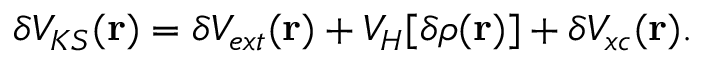
\delta V _ { K S } ( \mathbf { r } ) = \delta V _ { e x t } ( \mathbf { r } ) + V _ { H } [ \delta \rho ( \mathbf { r } ) ] + \delta V _ { x c } ( \mathbf { r } ) .